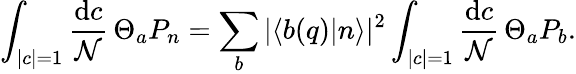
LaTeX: \int_{|c|=1}{\frac{\mathrm{d}c}{\mathcal{N}}}\, \Theta_{a}P_{n}=\sum_{b}|\langle b(q)|n\rangle|^{2}\int_{|c|=1}{\frac{\mathrm{d}c}{\mathcal{N}}}\, \Theta_{a}P_{b}.